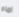
اماه